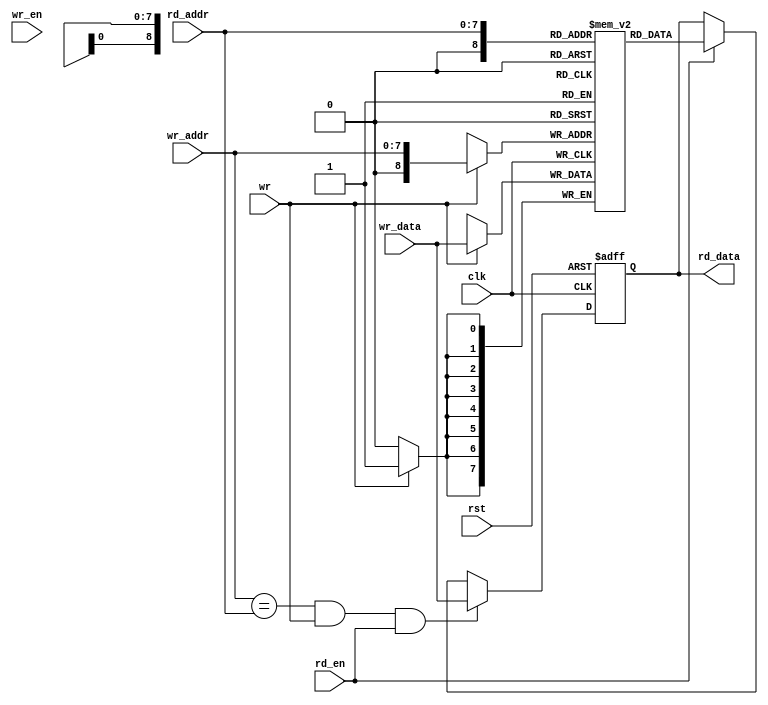
module oc8051_ram_256x8_two_bist (
                     clk,
                     rst,
		     rd_addr,
		     rd_data,
		     rd_en,
		     wr_addr,
		     wr_data,
		     wr_en,
		     wr
`ifdef OC8051_BIST
	 ,
         scanb_rst,
         scanb_clk,
         scanb_si,
         scanb_so,
         scanb_en
`endif
		     );


input         clk, 
              wr, 
	      rst,
	      rd_en,
	      wr_en;
input  [7:0]  wr_data;
input  [7:0]  rd_addr,
              wr_addr;
output [7:0]  rd_data;

`ifdef OC8051_BIST
input   scanb_rst;
input   scanb_clk;
input   scanb_si;
output  scanb_so;
input   scanb_en;
`endif


`ifdef OC8051_RAM_XILINX
  xilinx_ram_dp xilinx_ram(
  	// read port
  	.CLKA(clk),
  	.RSTA(rst),
  	.ENA(rd_en),
  	.ADDRA(rd_addr),
  	.DIA(8'h00),
  	.WEA(1'b0),
  	.DOA(rd_data),
  
  	// write port
  	.CLKB(clk),
  	.RSTB(rst),
  	.ENB(wr_en),
  	.ADDRB(wr_addr),
  	.DIB(wr_data),
  	.WEB(wr),
  	.DOB()
  );
  
  defparam
  	xilinx_ram.dwidth = 8,
  	xilinx_ram.awidth = 8;

`else

  `ifdef OC8051_RAM_VIRTUALSILICON

  `else

    `ifdef OC8051_RAM_GENERIC
    
      generic_dpram #(8, 8) oc8051_ram1(
      	.rclk  ( clk            ),
      	.rrst  ( rst            ),
      	.rce   ( rd_en          ),
      	.oe    ( 1'b1           ),
      	.raddr ( rd_addr        ),
      	.do    ( rd_data        ),
      
      	.wclk  ( clk            ),
      	.wrst  ( rst            ),
      	.wce   ( wr_en          ),
      	.we    ( wr             ),
      	.waddr ( wr_addr        ),
      	.di    ( wr_data        )
      );
    
    `else

      reg    [7:0]  rd_data;
      //
      // buffer
      reg    [7:0]  buff [0:256];
      
      
      //
      // writing to ram
      always @(posedge clk)
      begin
       if (wr)
          buff[wr_addr] <= #1 wr_data;
      end
      
      //
      // reading from ram
      always @(posedge clk or posedge rst)
      begin
        if (rst)
          rd_data <= #1 8'h0;
        else if ((wr_addr==rd_addr) & wr & rd_en)
          rd_data <= #1 wr_data;
        else if (rd_en)
          rd_data <= #1 buff[rd_addr];
      end
    `endif  //OC8051_RAM_GENERIC
  `endif    //OC8051_RAM_VIRTUALSILICON  
`endif      //OC8051_RAM_XILINX

endmodule